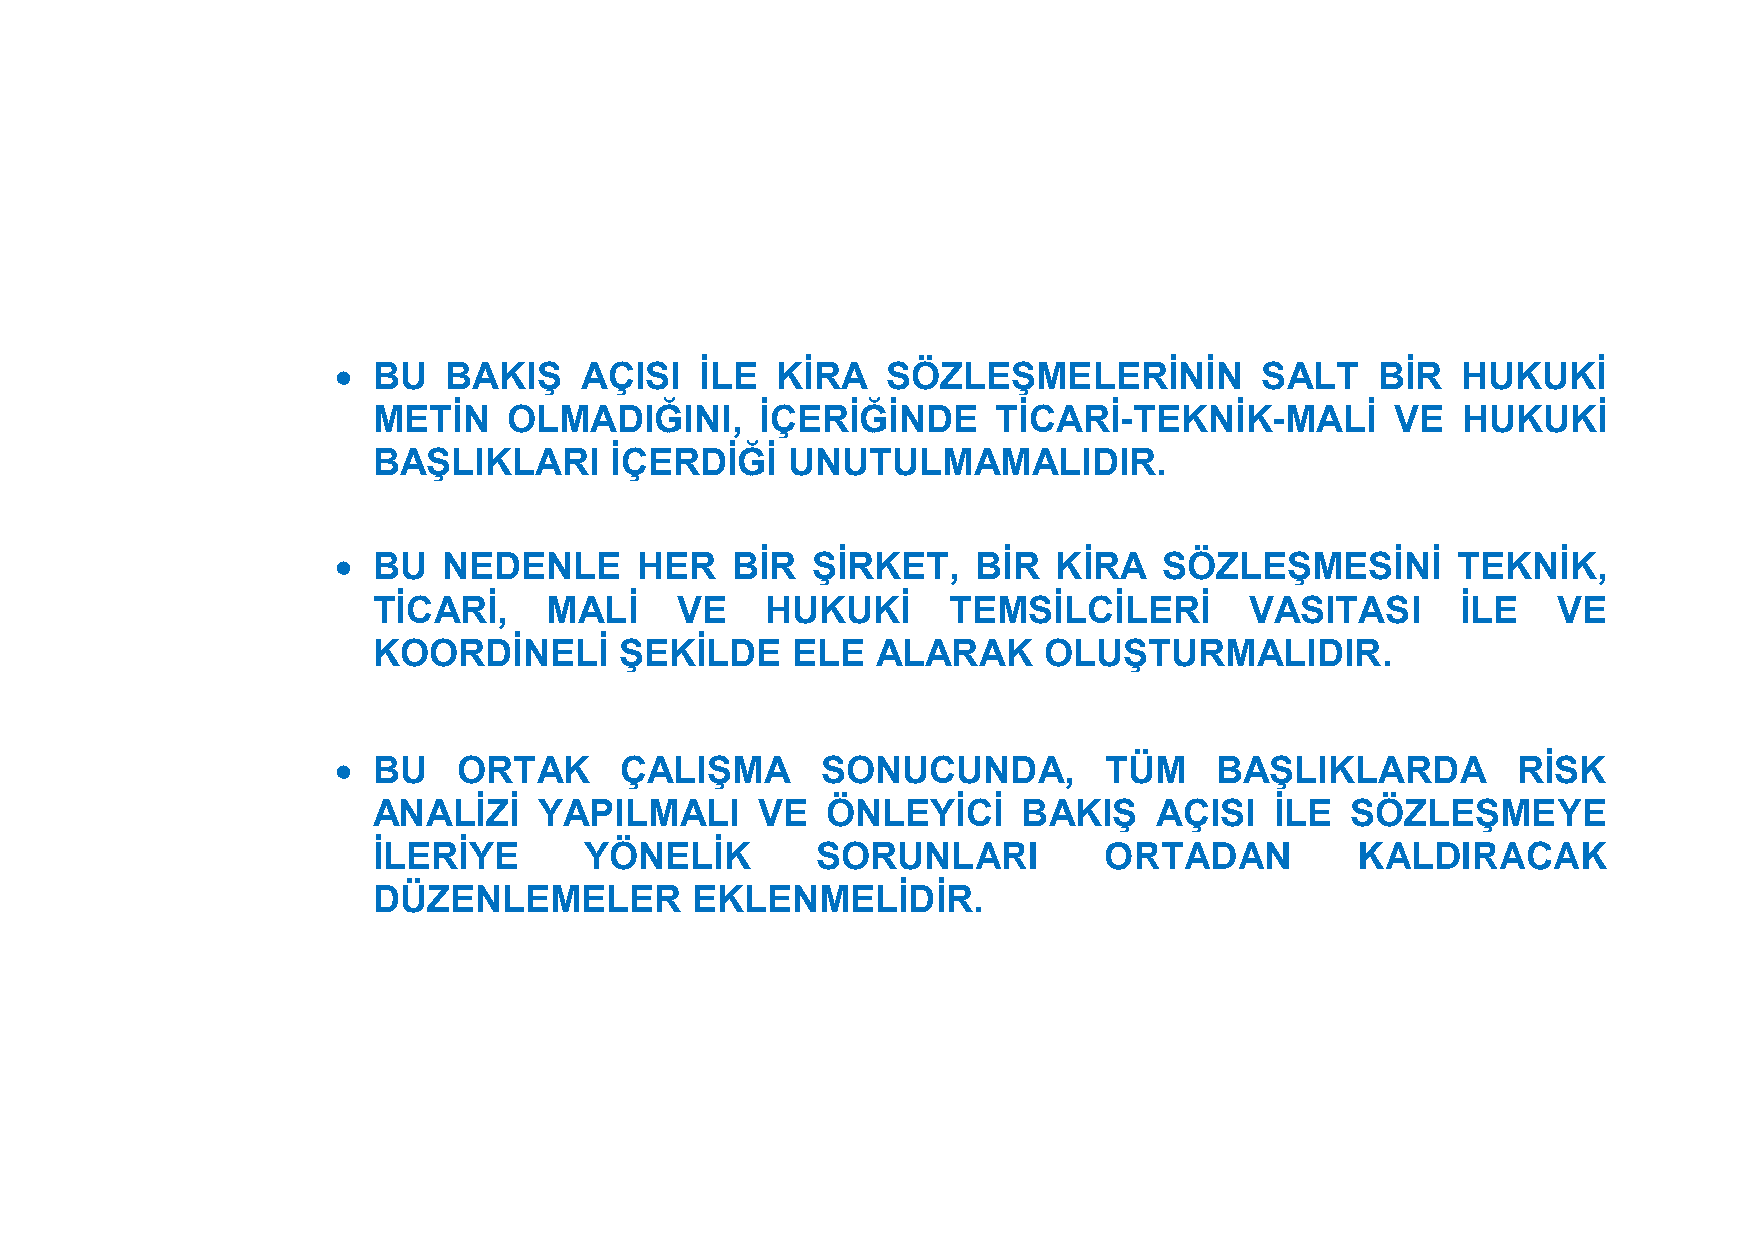
  BU  BAKIŞ    AÇISI   İLE  KİRA    SÖZLEŞMELERİNİN         SALT    BİR   HUKUKİ
 METİN    OLMADIĞINI,     İÇERİĞİNDE      TİCARİ-TEKNİK-MALİ        VE   HUKUKİ
 BAŞLIKLARI     İÇERDİĞİ    UNUTULMAMALIDIR.
   BU  NEDENLE      HER   BİR   ŞİRKET,    BİR  KİRA   SÖZLEŞMESİNİ       TEKNİK,
 TİCARİ,    MALİ     VE    HUKUKİ      TEMSİLCİLERİ        VASITASI      İLE   VE
 KOORDİNELİ      ŞEKİLDE    ELE   ALARAK     OLUŞTURMALIDIR.
   BU   ORTAK      ÇALIŞMA      SONUCUNDA,         TÜM    BAŞLIKLARDA         RİSK
 ANALİZİ    YAPILMALI     VE   ÖNLEYİCİ     BAKIŞ    AÇISI  İLE  SÖZLEŞMEYE
 İLERİYE       YÖNELİK        SORUNLARI          ORTADAN          KALDIRACAK
 DÜZENLEMELER         EKLENMELİDİR.